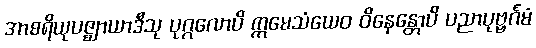
အာစရိယုပဇ္ဈာယာဒီသု ပုဂ္ဂလောပိ ဣမေသံယေဝ ဝိနေန္တောပိ ပညာပုဗ္ဗင်္ဂမံ